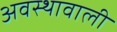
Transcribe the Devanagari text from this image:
अवस्थावाली